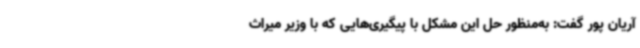
آریان پور گفت: به‌منظور حل این مشکل با پیگیری‌هایی که با وزیر میراث